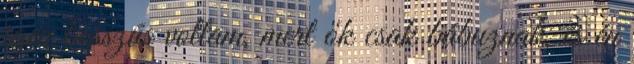
igen bosszús voltam, mert ők csak bábuznak, és én